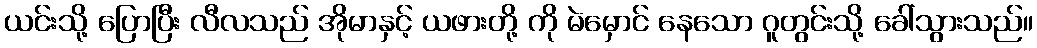
ယင်းသို့ ပြောပြီး လီလသည် အိုမာနှင့် ယဖားတို့ ကို မဲမှောင် နေသော ဂူတွင်းသို့ ခေါ်သွားသည်။